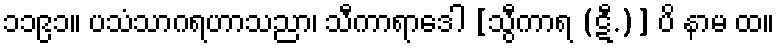
၁၁၉၁။ ပသံသာဂရဟာသညာ၊ သီကာရာဒေါ [သွီကာရ (ဋီ.)] ပိ နာမ ထ။